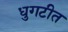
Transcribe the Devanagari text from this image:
धुगटीत